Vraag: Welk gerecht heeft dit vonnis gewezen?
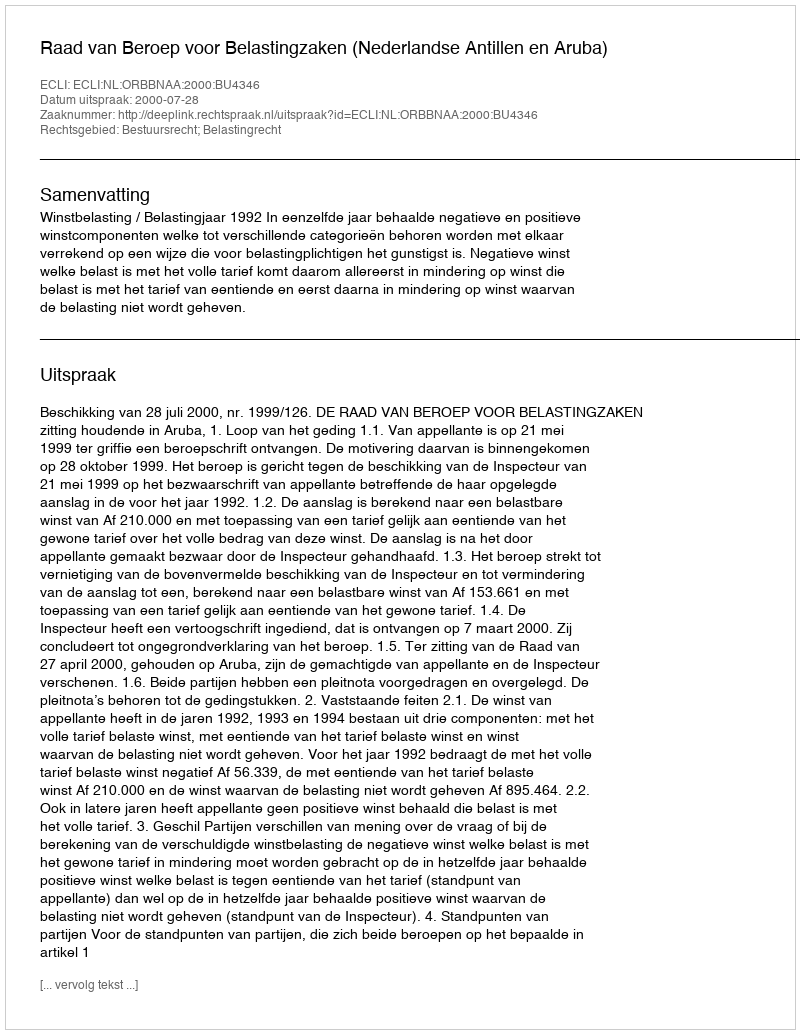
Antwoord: Raad van Beroep voor Belastingzaken (Nederlandse Antillen en Aruba)